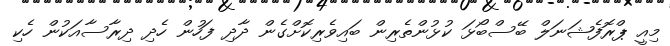
މިއީ ޕްރޮފެޝަނަލް ބޭސްބޯޅަ ކުޅުންތެރިން ބައިވެރިކޮށްގެން ދާދި ފަހުން ހެދި ދިރާސާއަކުން ހެކި